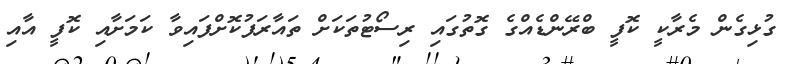
ގުޅިގެން މެރާކީ ކޮފީ ބްރޭންޑެއްގެ ގޮތުގައި ރިސޯޓުތަކަށް ތައާރަފުކޮށްފައިވާ ކަމަށާއި ކޮފީ އާއި